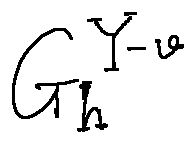
G _ { h } ^ { Y - v }